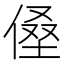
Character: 𰂡